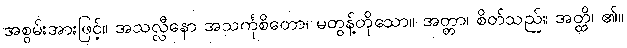
အစွမ်းအားဖြင့်။ အသလ္လီနော အသင်္ကုစိတော၊ မတွန့်တိုသော။ အတ္တာ၊ စိတ်သည်။ အတ္ထိ၊ ၏။